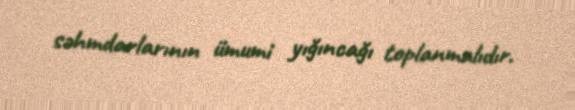
səhmdarlarının ümumi yığıncağı toplanmalıdır.